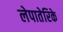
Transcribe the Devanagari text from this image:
लेपातेरिके